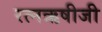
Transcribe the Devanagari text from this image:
रत्नऋषीजी